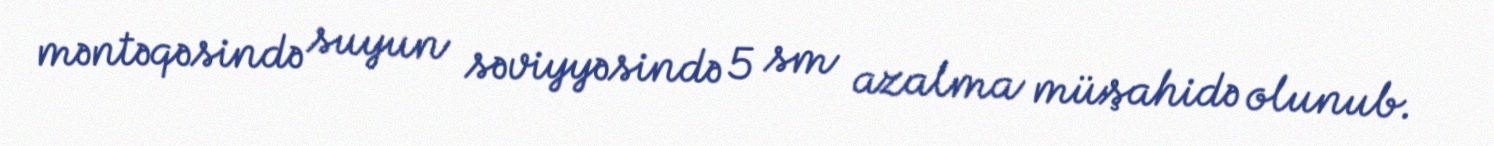
məntəqəsində suyun səviyyəsində 5 sm azalma müşahidə olunub.